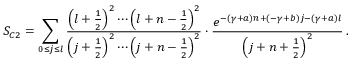
S _ { C 2 } = \sum _ { 0 \le j \le l } \frac { \left( l + \frac { 1 } { 2 } \right) ^ { 2 } \cdots \left( l + n - \frac { 1 } { 2 } \right) ^ { 2 } } { \left( j + \frac { 1 } { 2 } \right) ^ { 2 } \cdots \left( j + n - \frac { 1 } { 2 } \right) ^ { 2 } } \cdot \frac { e ^ { - ( \gamma + a ) n + ( - \gamma + b ) j - ( \gamma + a ) l } } { \left( j + n + \frac { 1 } { 2 } \right) ^ { 2 } } \, .